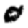
Digit: 0